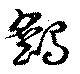
鷂